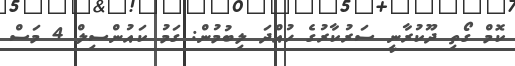
ކޮމް ގޯތި ދޫކުރާނީ ސަރުކާރުގެ ހުއްދަ ލިބުމުން: ގަމު ކައުންސިލް 4 މަސް